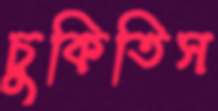
চুকিতিস